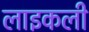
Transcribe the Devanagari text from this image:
लाइकली